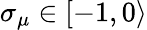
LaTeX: {\sigma}_{\mu}\in[-1,0\rangle